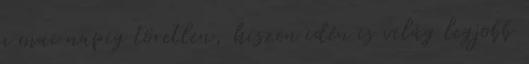
a mai napig töretlen, hiszen idén is világ legjobb